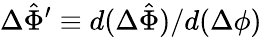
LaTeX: \Delta\hat{\Phi}^{\prime}\equiv d(\Delta\hat{\Phi})/d(\Delta\phi)